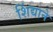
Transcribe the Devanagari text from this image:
शिंद्याने